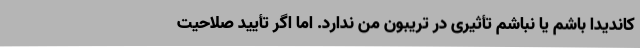
کاندیدا باشم یا نباشم تأثیری در تریبون من ندارد. اما اگر تأیید صلاحیت